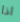
اذا